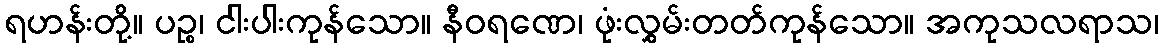
ရဟန်းတို့။ ပဉ္စ၊ ငါးပါးကုန်သော။ နီဝရဏေ၊ ဖုံးလွှမ်းတတ်ကုန်သော။ အကုသလရာသ၊